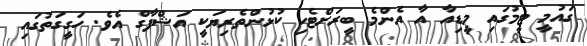
ގައުމީ ޓީމުގައި މީޑިއާ އާ އެންމެ ބީރަށްޓެހި ކުޅުންތެރިޔަކީ އަޝްފާގް އެވެ. ހަގީގަތުގައި